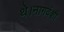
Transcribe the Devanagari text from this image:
थे।नागवंशी